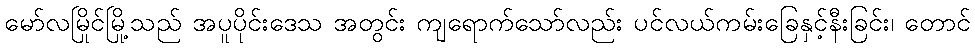
မော်လမြိုင်မြို့သည် အပူပိုင်းဒေသ အတွင်း ကျရောက်သော်လည်း ပင်လယ်ကမ်းခြေနှင့်နီးခြင်း၊ တောင်